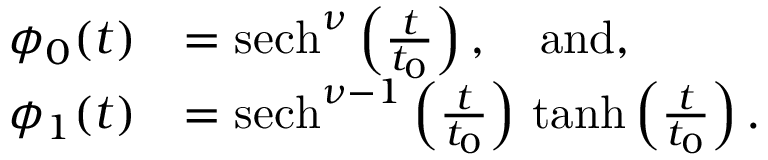
\begin{array} { r l } { \phi _ { 0 } ( t ) } & { = { \mathrm { s e c h } } ^ { \nu } \left( \frac { t } { t _ { 0 } } \right) , \quad \mathrm { a n d } , } \\ { \phi _ { 1 } ( t ) } & { = { \mathrm { s e c h } } ^ { \nu - 1 } \left( \frac { t } { t _ { 0 } } \right) \, { \mathrm { t a n h } } \left( \frac { t } { t _ { 0 } } \right) . } \end{array}